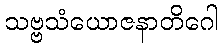
သဗ္ဗသံယောဇနာတိဂေါ